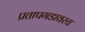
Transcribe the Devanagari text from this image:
प्रतापगडावरच